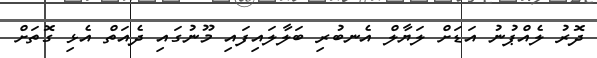
ދޮރު ލެއްޕުނު އަޑަށް ލަޔާލް އެނބުރި ބަލާލައިފައި މޫނުގައި ދެއަތް އެޅި ގޮތަށް